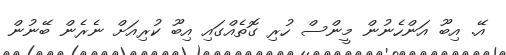
އޭ. އިބޫ އަންހެނުން މީންސް ހުރި ގޮތެއްގައި އިބޫ ކުރިއަށް ނެރެން ބޭނުން